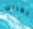
الغريب